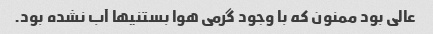
عالی بود ممنون که با وجود گرمی هوا بستنیها آب نشده بود.